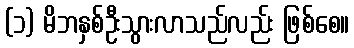
(၁) မိဘနှစ်ဦးသွားလာသည်လည်း ဖြစ်စေ။